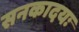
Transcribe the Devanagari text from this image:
सनकादयः